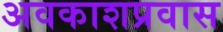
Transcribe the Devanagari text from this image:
अवकाशप्रवास